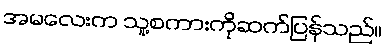
အမလေးက သူ့စကားကိုဆက်ပြန်သည်။